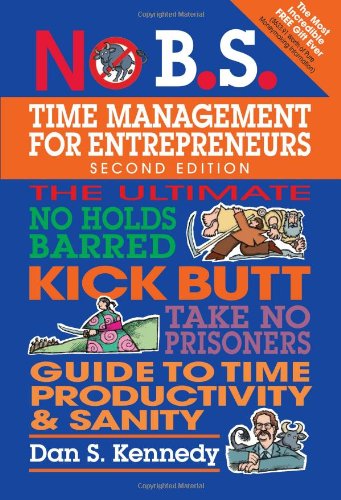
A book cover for No B.S. Time Management for Entrepreneurs: The Ultimate No Holds Barred Kick Butt Take No Prisoners Guide to Time Productivity and Sanity; Dan S. Kennedy; Business & Money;